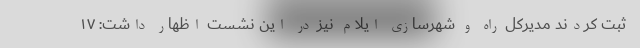
ثبت کردند مدیرکل راه و شهرسازی ایلام نیز در این نشست اظهار داشت: ۱۷